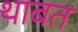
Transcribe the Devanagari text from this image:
थाबत